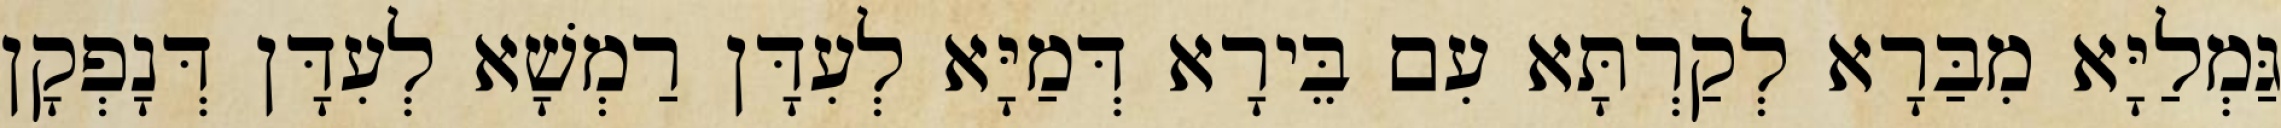
גַּמְלַיָּא מִבַּרָא לְקַרְתָּא עִם בֵּירָא דְּמַיָּא לְעִדָּן רַמְשָׁא לְעִדָּן דְּנָפְקָן